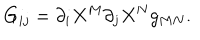
LaTeX: G _ { i j } = { \partial _ { i } } X ^ { M } { \partial _ { j } } X ^ { N } g _ { M N } .